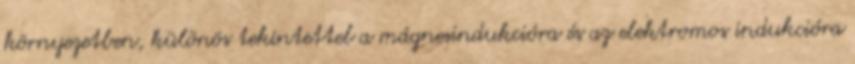
környezetben, különös tekintettel a mágnesindukcióra és az elektromos indukcióra